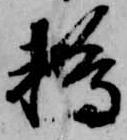
鵜